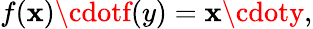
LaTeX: f(\mathbf{x})\cdotf(y)=\mathbf{x}\cdoty,